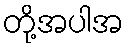
တို့အပါအ